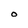
Character: O